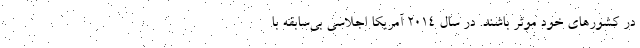
در کشورهای خود موثر باشند. در سال 2014 آمریکا اجلاسی بی‌سابقه با